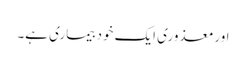
اورمعذوری ایک خود بیماری ہے۔